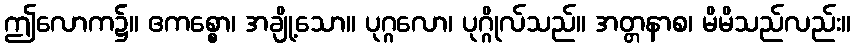
ဤလောက၌။ ဧကစ္စော၊ အချို့သော။ ပုဂ္ဂလော၊ ပုဂ္ဂိုလ်သည်။ အတ္တနာစ၊ မိမိသည်လည်း။